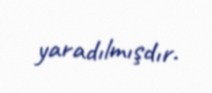
yaradılmışdır.